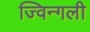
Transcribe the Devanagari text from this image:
ज्विन्गली